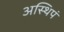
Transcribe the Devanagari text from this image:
अस्थिपं